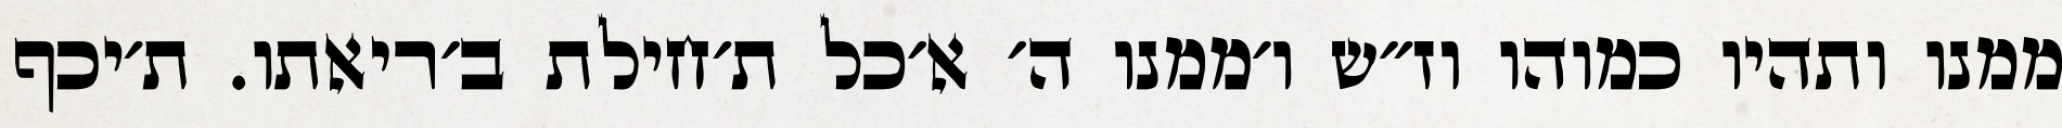
ממנו ותהיו כמוהו וז״ש ו׳ממנו ה׳ א׳כל ת׳חילת ב׳ריאתו. ת׳יכף